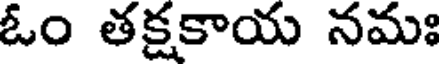
ఓం తక్షకాయ నమః